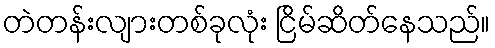
တဲတန်းလျားတစ်ခုလုံး ငြိမ်ဆိတ်နေသည်။